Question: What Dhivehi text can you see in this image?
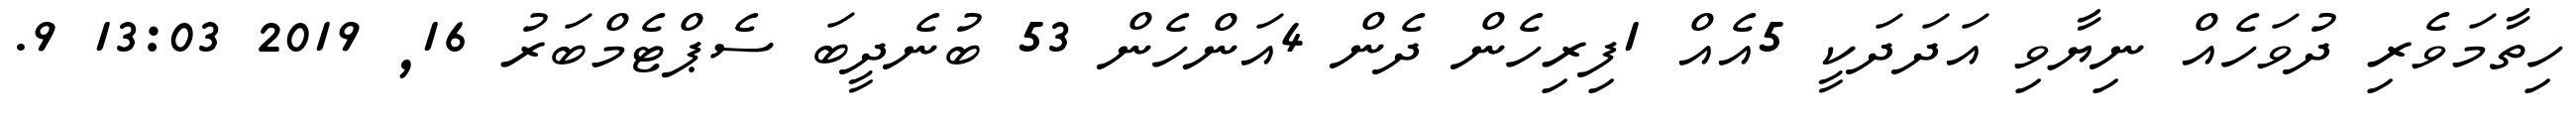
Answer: ހިތާމަވެރި ދުވަހެއް ނިޔާވި އަދަދަކީ 5އެއް 1ފިރިހެން ދެން 4އަންހެން 53 ބުނެދީބަ ސެޕްޓެމްބަރު 16, 2019 13:03 9.